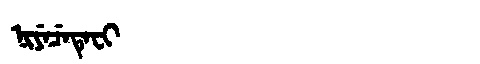
Manchu: ᠨᡳᠶᡝᠴᡝᡨᡝᠸᡳ
Romanization: NIYECETEFI